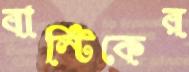
বাল্টিকের